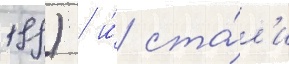
199) / и́ ста́л'и